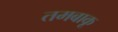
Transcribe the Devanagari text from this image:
तमबाकू